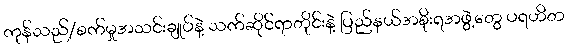
ကုန်သည်/စက်မှုအသင်းချုပ်နဲ့ သက်ဆိုင်ရာတိုင်းနဲ့ ပြည်နယ်အစိုးရအဖွဲ့တွေ ပရဟိတ